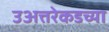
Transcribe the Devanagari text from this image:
उअत्तरेकडच्या